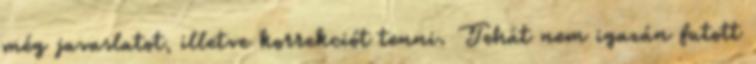
még javaslatot, illetve korrekciót tenni. Tehát nem igazán futott